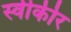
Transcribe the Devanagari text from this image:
स्वीकीर